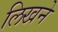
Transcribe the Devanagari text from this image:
लिखने